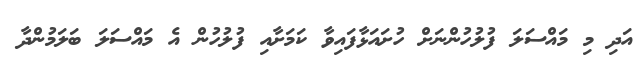
އަދި މި މައްސަލަ ފުލުހުންނަށް ހުށައަޅާފައިވާ ކަމަށާއި ފުލުހުން އެ މައްސަލަ ބަލަމުންދާ